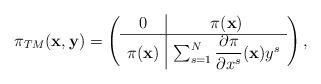
LaTeX: \begin{align*}\pi_{TM}({\bf x}, {\bf y})=\left(\begin{array}{c|c}0& \pi({\bf x})\\\hline\pi({\bf x}) & \sum_{s=1}^{N}\dfrac{\partial\pi }{\partial x^s}({\bf x})y^s\end{array}\right),\end{align*}